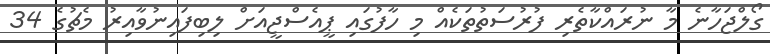
ގޯލްޖަހާނެ މާ ނުރައްކާތެރި ފުރުސަތުތަކެއް މި ހާފުގައި ޕީއެސްޖީއަށް ލިބިފައިނުވާއިރު މެޗުގެ 34